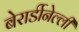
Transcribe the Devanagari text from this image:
बेरार्डीनेल्ली